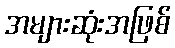
အများဆုံးအဖြစ်